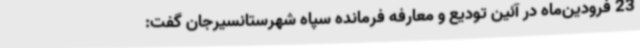
23 فرودین‌ماه در آئین تودیع و معارفه فرمانده سپاه شهرستانسیرجان گفت: